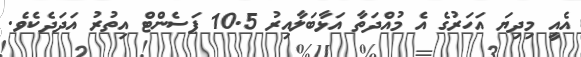
އެއީ މިދިޔަ އަހަރުގެ އެ މުއްދަތާ އަޅާބަލާއިރު 10.5 ޕަސެންޓް އިތުރު އަދަދެކެވެ.